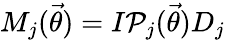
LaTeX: M_{j}(\vec{\theta})=I\mathcal{P}_{j}(\vec{\theta})D_{j}